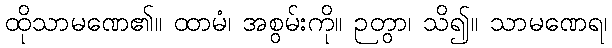
ထိုသာမဏေ၏။ ထာမံ၊ အစွမ်းကို။ ဉတွာ၊ သိ၍။ သာမဏေရ၊